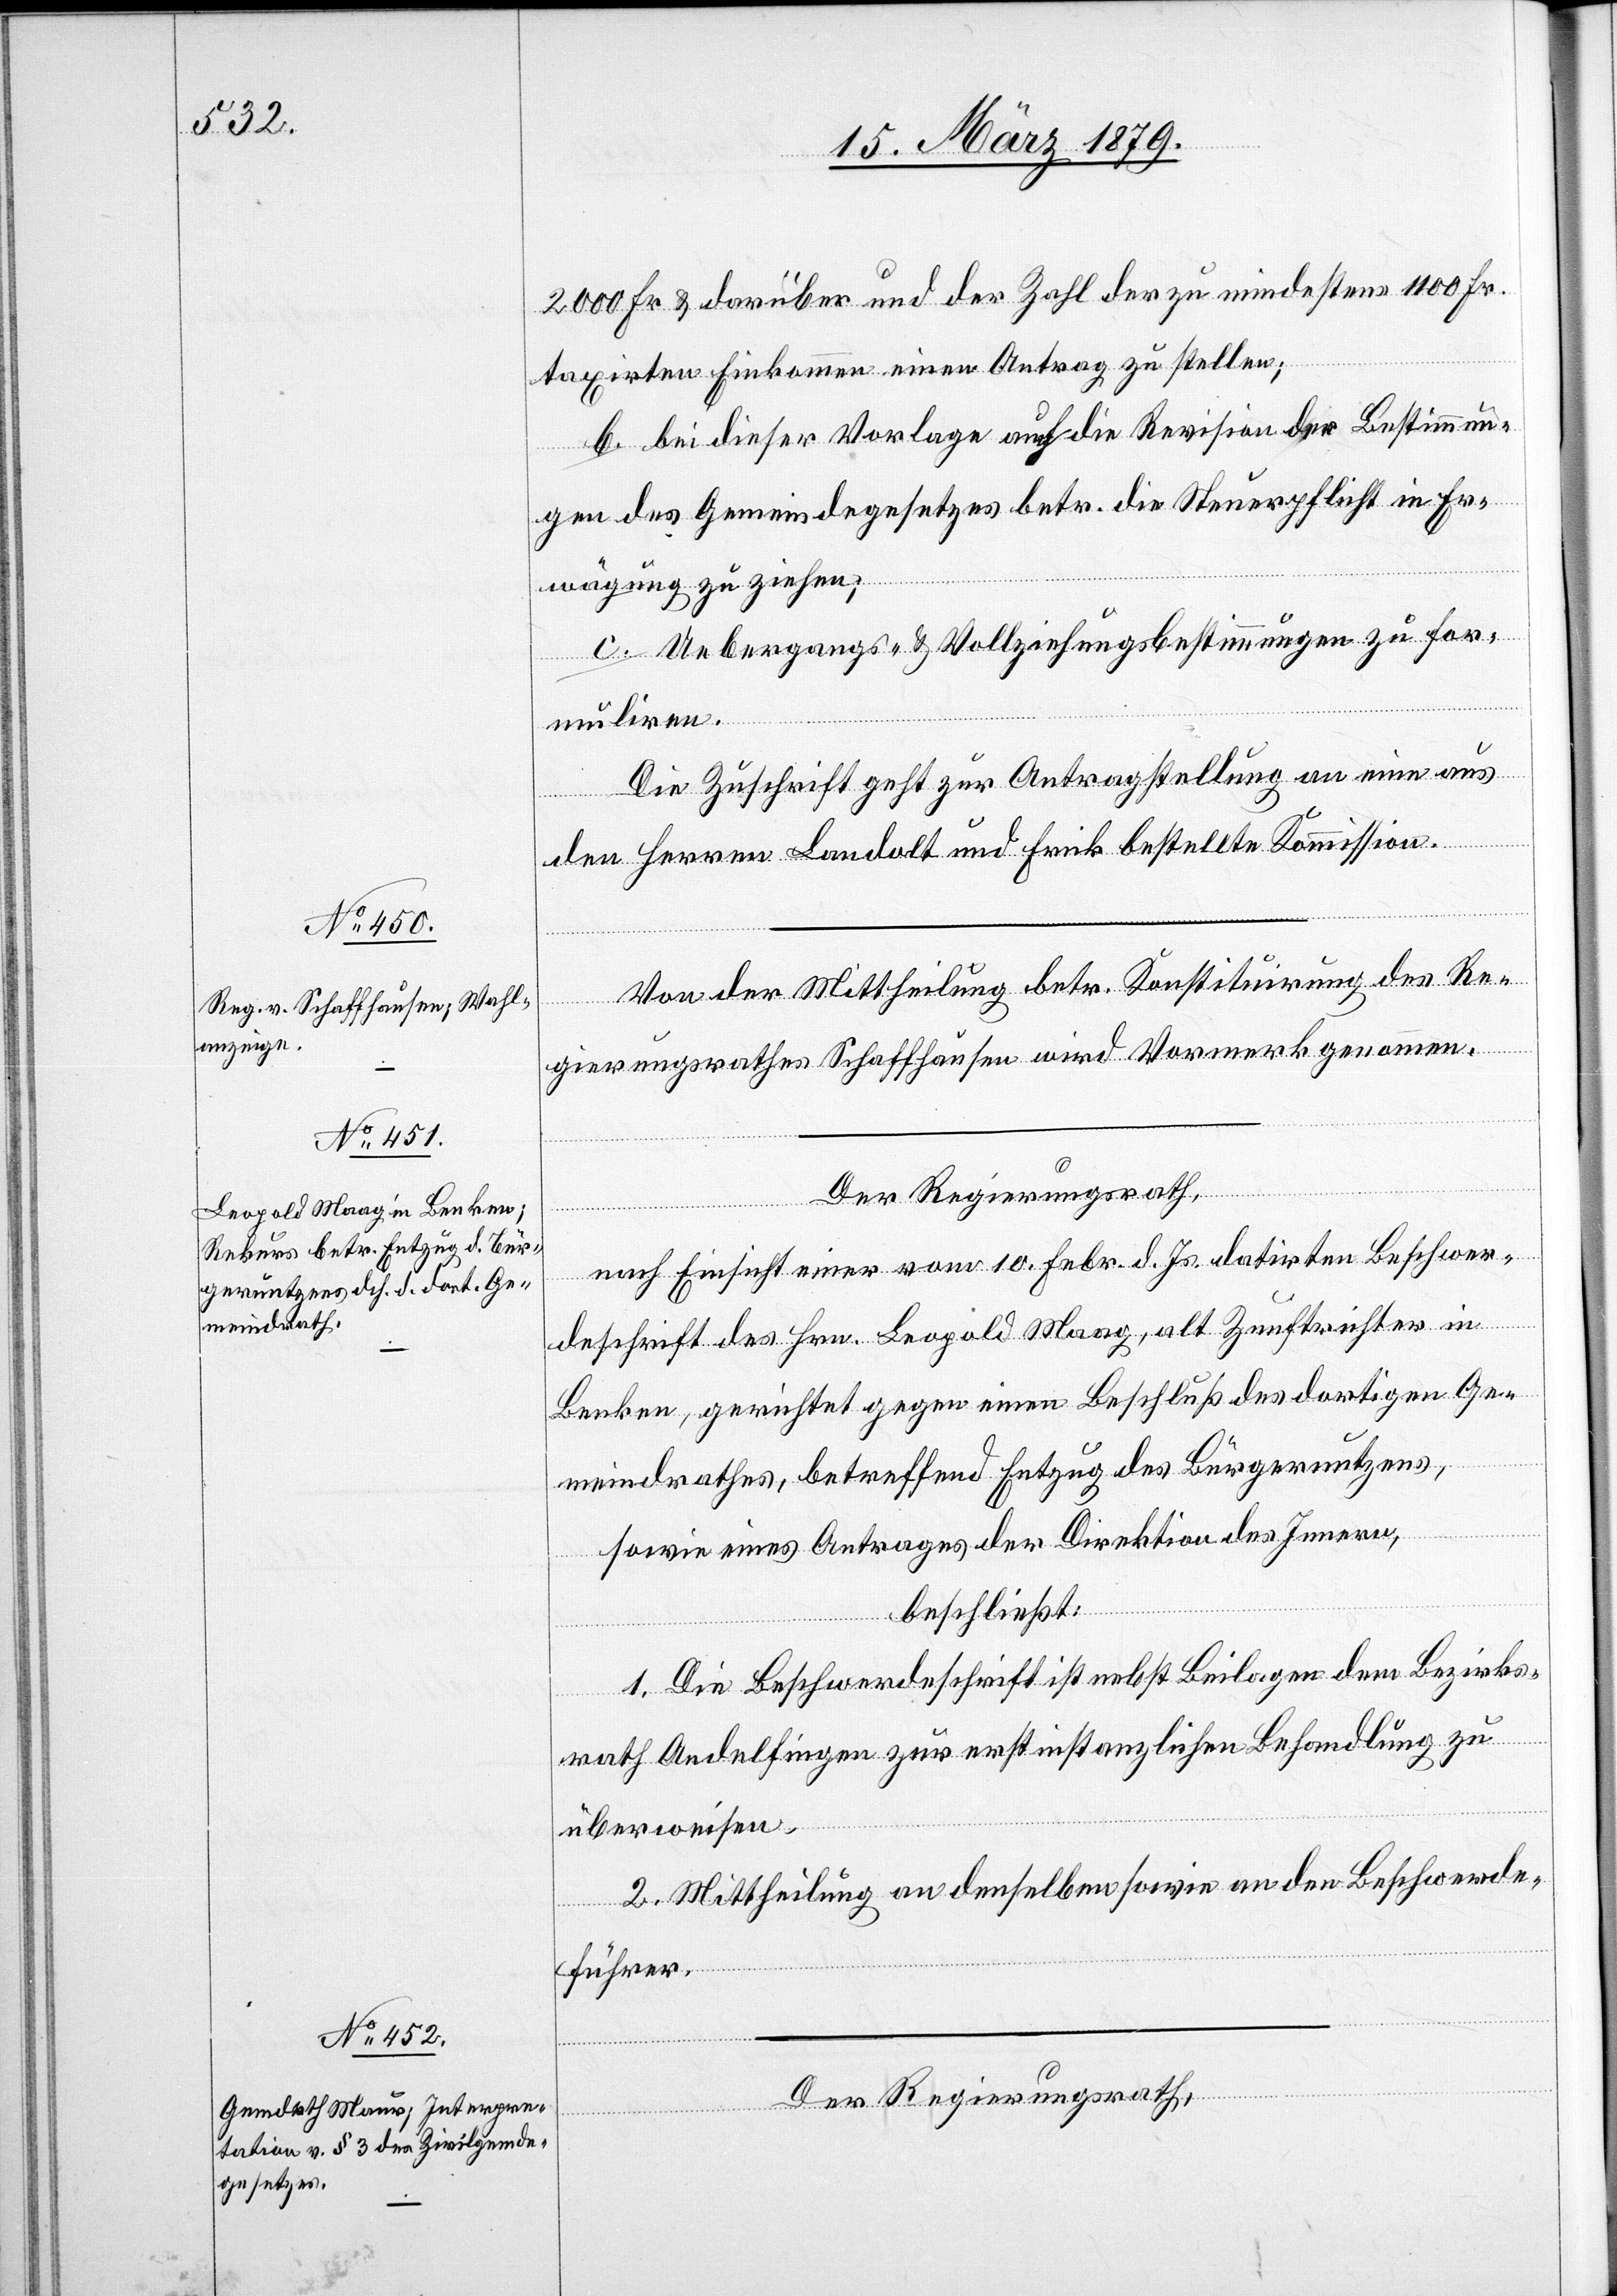
2000 Fr. & darüber und der Zahl der zu mindestens 1100 Fr.
taxirten Einkommen einen Antrag zu stellen;
b. bei dieser Vorlage auch die Revision der Bestimmun¬
gen des Gemeindegesetzes betr. die Steuerpflicht in Er¬
wägung zu ziehen;
c. Uebergangs- & Vollziehungsbestimmungen zu for¬
muliren.
Die Zuschrift geht zur Antragstellung an eine aus
den Herren Landolt und Frick bestellte Kommission.
Von der Mittheilung betr. Konstituirung des Re¬
gierungsrathes Schaffhausen wird Vormerk genommen.
Der Regierungsrath,
nach Einsicht einer vom 10. Febr. d. Js. datirten Beschwer¬
deschrift des Hrn. Leopold Maag, alt Zunftrichter in
Benken, gerichtet gegen einen Beschluß des dortigen Ge¬
meindrathes, betreffend Entzug des Bürgernutzens,
sowie eines Antrages der Direktion des Innern,
beschließt:
1. Die Beschwerdeschrift ist nebst Beilagen dem Bezirks¬
rath Andelfingen zur erstinstanzlichen Behandlung zu
überweisen.
2. Mittheilung an denselben sowie an den Beschwerde¬
führer.
Der Regierungsrath,